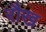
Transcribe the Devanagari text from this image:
रौख